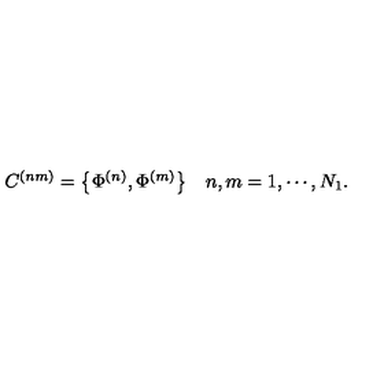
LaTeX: \begin{array} { l r } { C ^ { ( n m ) } = \left\{ \Phi ^ { ( n ) } , \Phi ^ { ( m ) } \right\} } & { n , m = 1 , \cdots , N _ { 1 } . } \\ \end{array}